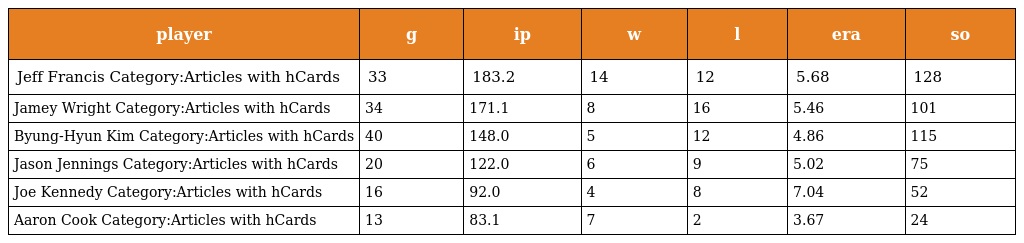
| player | g | ip | w | l | era | so |
 | --- | --- | --- | --- | --- | --- | --- |
 | Jeff Francis Category:Articles with hCards | 33 | 183.2 | 14 | 12 | 5.68 | 128 |
 | Jamey Wright Category:Articles with hCards | 34 | 171.1 | 8 | 16 | 5.46 | 101 |
 | Byung-Hyun Kim Category:Articles with hCards | 40 | 148.0 | 5 | 12 | 4.86 | 115 |
 | Jason Jennings Category:Articles with hCards | 20 | 122.0 | 6 | 9 | 5.02 | 75 |
 | Joe Kennedy Category:Articles with hCards | 16 | 92.0 | 4 | 8 | 7.04 | 52 |
 | Aaron Cook Category:Articles with hCards | 13 | 83.1 | 7 | 2 | 3.67 | 24 |